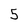
Character: 5